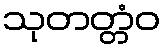
သုတတ္တံဝ